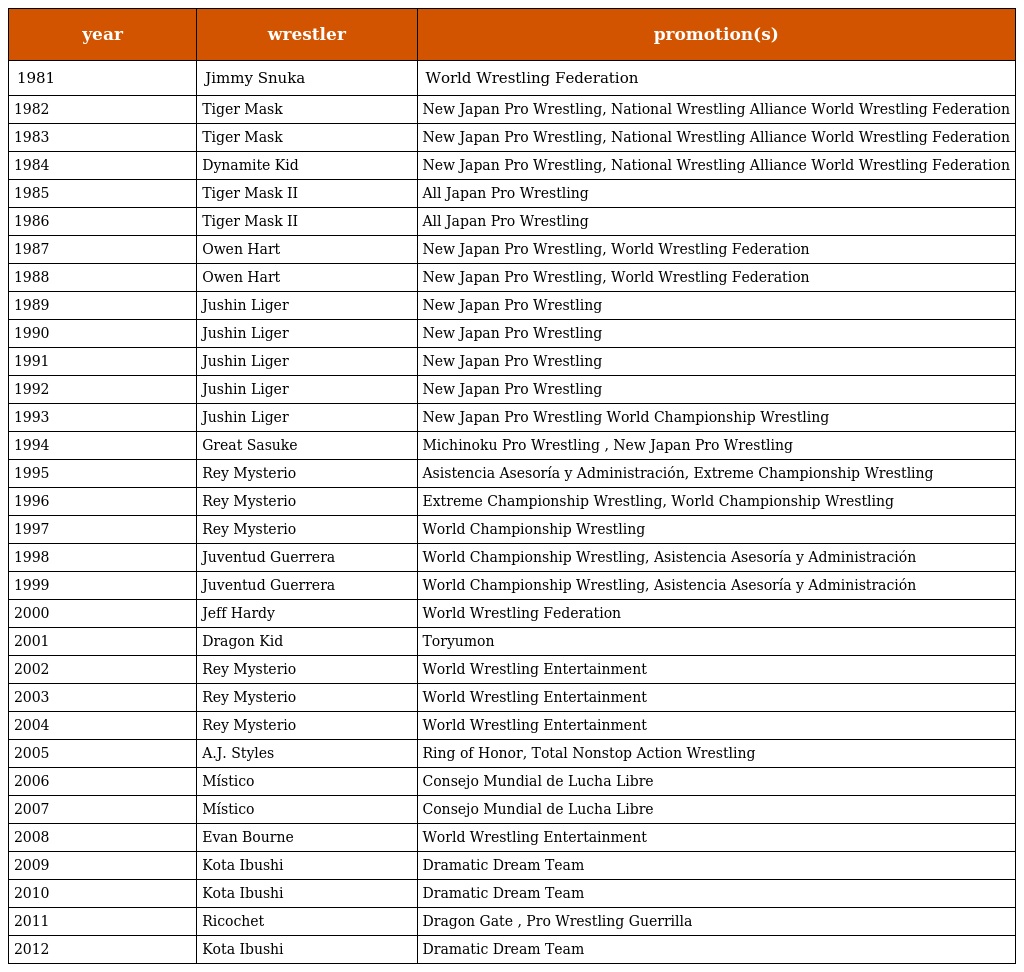
| year | wrestler | promotion(s) |
 | --- | --- | --- |
 | 1981 | Jimmy Snuka | World Wrestling Federation |
 | 1982 | Tiger Mask | New Japan Pro Wrestling, National Wrestling Alliance World Wrestling Federation |
 | 1983 | Tiger Mask | New Japan Pro Wrestling, National Wrestling Alliance World Wrestling Federation |
 | 1984 | Dynamite Kid | New Japan Pro Wrestling, National Wrestling Alliance World Wrestling Federation |
 | 1985 | Tiger Mask II | All Japan Pro Wrestling |
 | 1986 | Tiger Mask II | All Japan Pro Wrestling |
 | 1987 | Owen Hart | New Japan Pro Wrestling, World Wrestling Federation |
 | 1988 | Owen Hart | New Japan Pro Wrestling, World Wrestling Federation |
 | 1989 | Jushin Liger | New Japan Pro Wrestling |
 | 1990 | Jushin Liger | New Japan Pro Wrestling |
 | 1991 | Jushin Liger | New Japan Pro Wrestling |
 | 1992 | Jushin Liger | New Japan Pro Wrestling |
 | 1993 | Jushin Liger | New Japan Pro Wrestling World Championship Wrestling |
 | 1994 | Great Sasuke | Michinoku Pro Wrestling , New Japan Pro Wrestling |
 | 1995 | Rey Mysterio | Asistencia Asesoría y Administración, Extreme Championship Wrestling |
 | 1996 | Rey Mysterio | Extreme Championship Wrestling, World Championship Wrestling |
 | 1997 | Rey Mysterio | World Championship Wrestling |
 | 1998 | Juventud Guerrera | World Championship Wrestling, Asistencia Asesoría y Administración |
 | 1999 | Juventud Guerrera | World Championship Wrestling, Asistencia Asesoría y Administración |
 | 2000 | Jeff Hardy | World Wrestling Federation |
 | 2001 | Dragon Kid | Toryumon |
 | 2002 | Rey Mysterio | World Wrestling Entertainment |
 | 2003 | Rey Mysterio | World Wrestling Entertainment |
 | 2004 | Rey Mysterio | World Wrestling Entertainment |
 | 2005 | A.J. Styles | Ring of Honor, Total Nonstop Action Wrestling |
 | 2006 | Místico | Consejo Mundial de Lucha Libre |
 | 2007 | Místico | Consejo Mundial de Lucha Libre |
 | 2008 | Evan Bourne | World Wrestling Entertainment |
 | 2009 | Kota Ibushi | Dramatic Dream Team |
 | 2010 | Kota Ibushi | Dramatic Dream Team |
 | 2011 | Ricochet | Dragon Gate , Pro Wrestling Guerrilla |
 | 2012 | Kota Ibushi | Dramatic Dream Team |